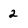
Character: 2